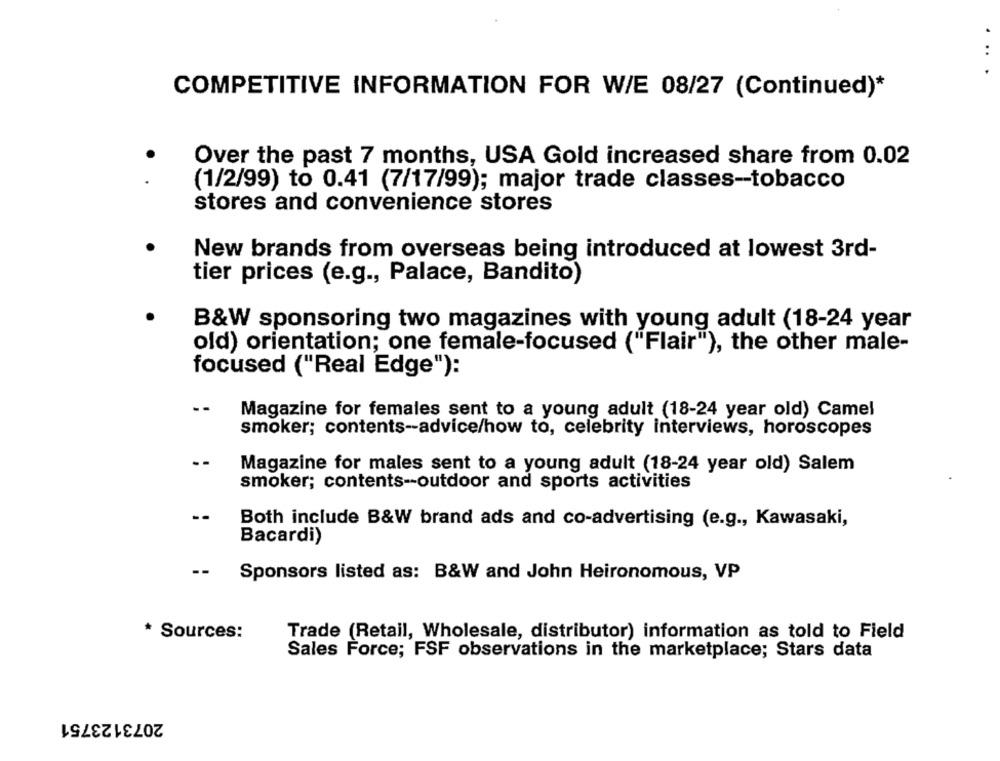
..
COMPETITIVE INFORMATION FOR W/E 08/27 (Continued)*
Over the past 7 months, USA Gold increased share from 0.02
(1/2/99) to 0.41 (7/17/99); major trade classes-tobacco
stores and convenience stores
New brands from overseas being introduced at lowest 3rd-
tier prices (e.g ., Palace, Bandito)
B&W sponsoring two magazines with young adult (18-24 year
old) orientation; one female-focused ("Flair"), the other male-
focused ("Real Edge"):
--
Magazine for females sent to a young adult (18-24 year old) Camel
smoker; contents-advice/how to, celebrity interviews, horoscopes
--
Magazine for males sent to a young adult (18-24 year old) Salem
smoker; contents-outdoor and sports activities
--
Both include B&W brand ads and co-advertising (e.g ., Kawasaki,
Bacardi)
Sponsors listed as: B&W and John Heironomous, VP
* Sources:
Trade (Retail, Wholesale, distributor) information as told to Field
Sales Force; FSF observations in the marketplace; Stars data
2073123751